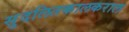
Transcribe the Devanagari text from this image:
सुदलितकालकराल